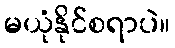
မယုံနိုင်စရာပဲ။